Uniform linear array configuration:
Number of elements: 64
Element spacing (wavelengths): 0.75
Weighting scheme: hamming
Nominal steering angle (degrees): -45
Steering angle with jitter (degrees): -46.179
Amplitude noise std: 0.05
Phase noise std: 0.05

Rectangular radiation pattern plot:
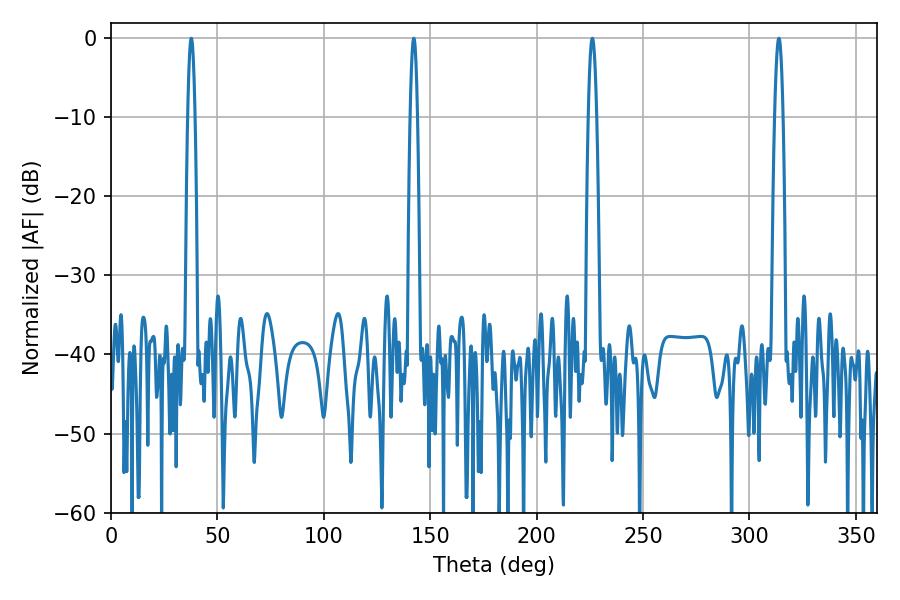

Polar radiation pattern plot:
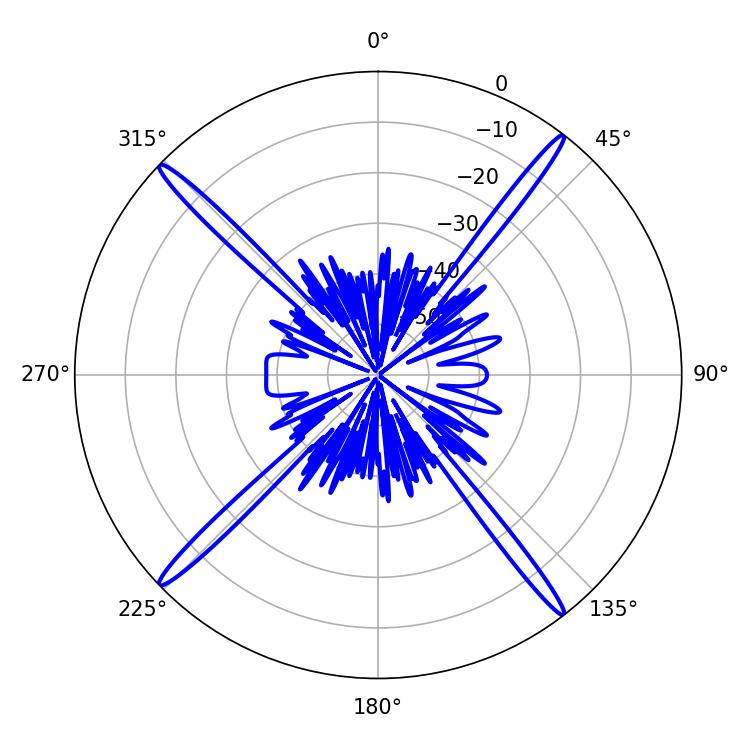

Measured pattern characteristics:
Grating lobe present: TRUE
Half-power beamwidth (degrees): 1.98
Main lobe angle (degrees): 313.74